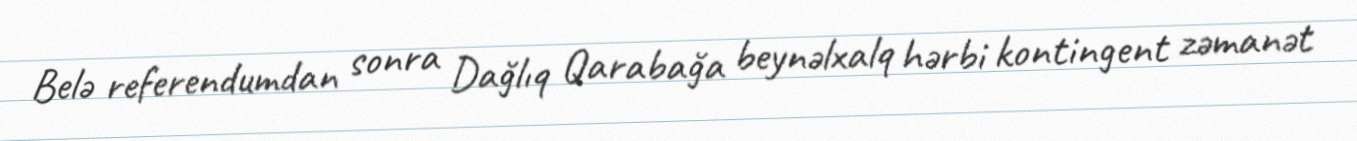
Belə referendumdan sonra Dağlıq Qarabağa beynəlxalq hərbi kontingent zəmanət